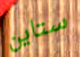
ستاين